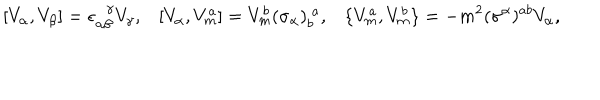
LaTeX: [ V _ { \alpha } , V _ { \beta } ] = \epsilon _ { \alpha \beta } ^ { \! \gamma } V _ { \gamma } , [ V _ { \alpha } , V _ { m } ^ { a } ] = V _ { m } ^ { b } ( \sigma _ { \alpha } ) _ { b } ^ { ~ a } , \{ V _ { m } ^ { a } , V _ { m } ^ { b } \} = - m ^ { 2 } ( \sigma ^ { \alpha } ) ^ { a b } V _ { \alpha } ,